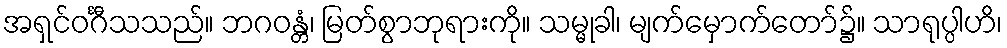
အရှင်ဝင်္ဂီသသည်။ ဘဂဝန္တံ၊ မြတ်စွာဘုရားကို။ သမ္မုခါ၊ မျက်မှောက်တော်၌။ သာရုပ္ပါဟိ၊